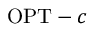
\mathrm { O P T } - c